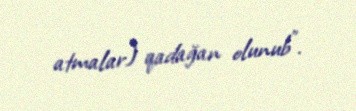
atmalar) qadağan olunub".